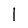
Character: 1